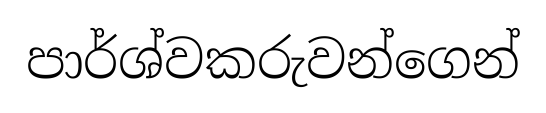
පාර්ශ්වකරුවන්ගෙන්